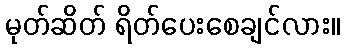
မုတ်ဆိတ် ရိတ်ပေးစေချင်လား။